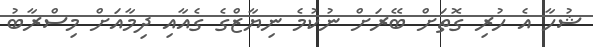
ޝުހާ އެ ހުރި ގޮތަށް ބޭރަށް ނުކުމެ ނިޔާޒްގެ ގެއާއި ދިމާއަށް މިސްރާބު